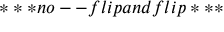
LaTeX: * * * n o -- f l i p a n d f l i p * * *